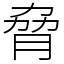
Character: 脅